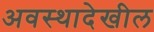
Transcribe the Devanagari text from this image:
अवस्थादेखील